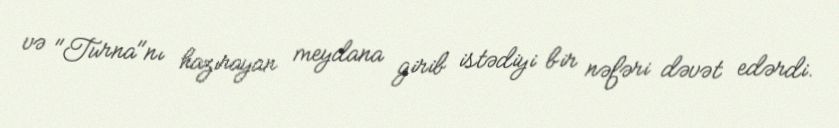
və "Turna"nı hazırayan meydana girib istədiyi bir nəfəri dəvət edərdi.